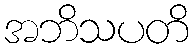
အဘိသပတိ